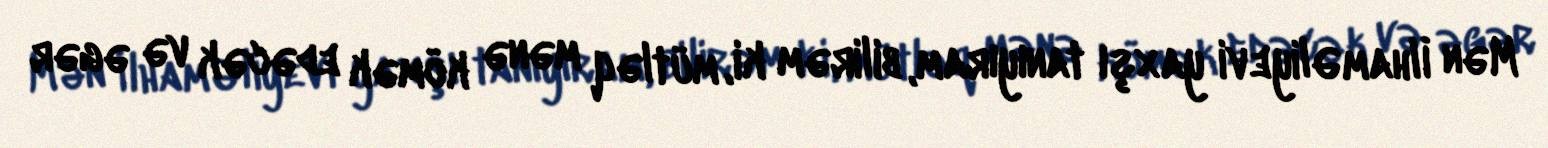
Mən İlham Əliyevi yaxşı tanıyıram, bilirəm ki, mütləq mənə kömək edəcək və əgər